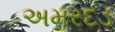
અમરદડ